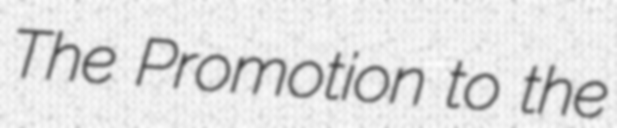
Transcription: The Promotion to the